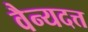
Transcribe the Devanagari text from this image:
वैन्यदत्त